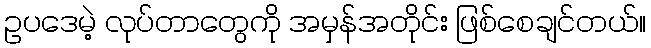
ဥပဒေမဲ့ လုပ်တာတွေကို အမှန်အတိုင်း ဖြစ်စေချင်တယ်။